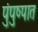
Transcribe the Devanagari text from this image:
पुंपुष्पात